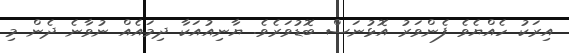
އިރަކު ހެއްޔެވެ ފެންވަރު އޮޅުނަސް ބޮޑުވަރެވެ. ޔާނިއުއަކާ ދިމައެއް ނުވާނެ ދެން މި